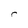
Character: r